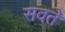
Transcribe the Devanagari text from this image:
सवते